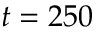
t = 2 5 0